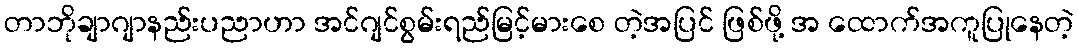
တာဘိုချာဂျာနည်းပညာဟာ အင်ဂျင်စွမ်းရည်မြင့်မားစေ တဲ့အပြင် ဖြစ်ဖို့ အ ထောက်အကူပြုနေတဲ့